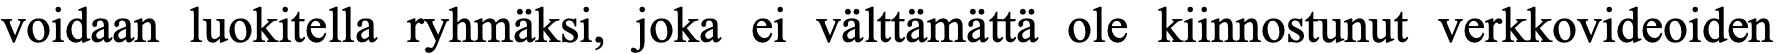
voidaan luokitella ryhmäksi, joka ei välttämättä ole kiinnostunut verkkovideoiden